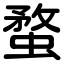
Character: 蝥